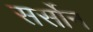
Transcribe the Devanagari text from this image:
सर्सोन